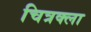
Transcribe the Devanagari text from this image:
चित्रक्ला